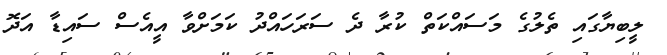
ލީބިޔާގައި ތެލުގެ މަސައްކަތް ކުރާ ދެ ސަރަހައްދު ކަމަށްވާ އީއެސް ސައިޑާ އަދޮ